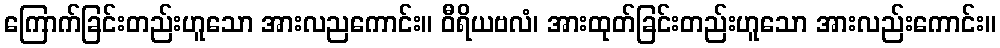
ကြောက်ခြင်းတည်းဟူသော အားလညကောင်း။ ဝီရိယဗလံ၊ အားထုတ်ခြင်းတည်းဟူသော အားလည်းကောင်း။